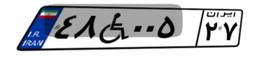
۴۸W۰۰۵۲۷